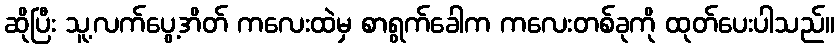
ဆိုပြီး သူ့လက်ပွေ့အိတ် ကလေးထဲမှ စာရွက်ခေါက ကလေးတစ်ခုကို ထုတ်ပေးပါသည်။